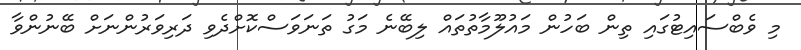
މި ވެބްސައިޓުގައި ތިން ބަހުން މައުލޫމާތުތައް ލިބޭނެ މަގު ތަނަވަސްކޮށްދެވި ދަރިވަރުންނަށް ބޭނުންވާ